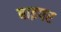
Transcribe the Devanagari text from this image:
बाइपर